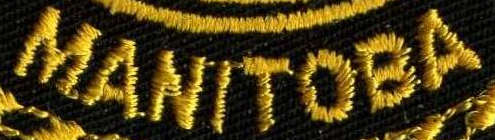
MANITOBA